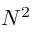
N ^ { 2 }